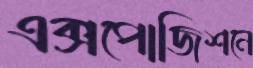
এক্সপোজিশনে